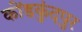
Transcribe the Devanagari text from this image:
कोंडकुंदपुर